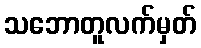
သဘောတူလက်မှတ်